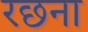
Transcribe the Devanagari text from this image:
रछना